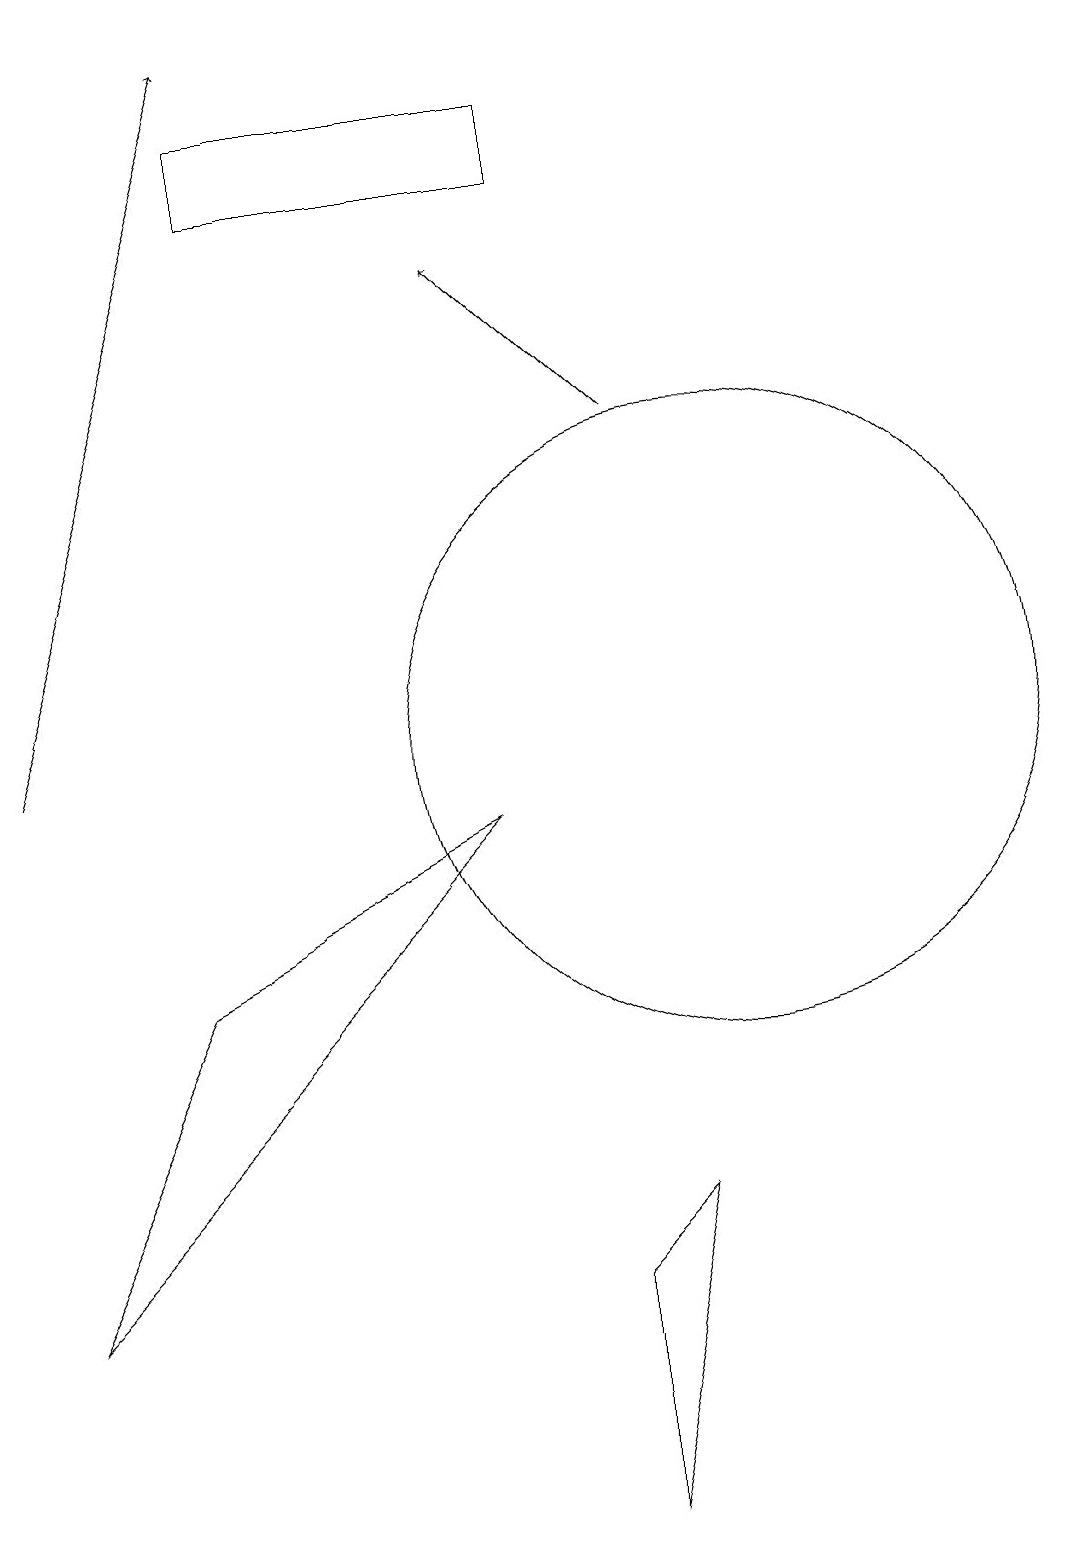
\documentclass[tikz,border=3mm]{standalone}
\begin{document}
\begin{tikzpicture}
\draw (10,10) circle (4);
\draw[->] (1,10) -- (4,19);
\draw (8,18) rectangle (4,17);
\draw[->] (9,14) -- (7,16);
\draw (1,3) -- (3,7) -- (7,9) -- cycle;
\draw (8,0) -- (9,4) -- (8,3) -- cycle;
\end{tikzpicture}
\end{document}